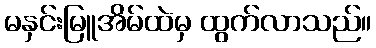
မနှင်းမြူအိမ်ထဲမှ ထွက်လာသည်။